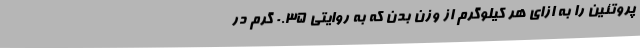
پروتئین را به ازای هر کیلوگرم از وزن بدن که به روایتی 0.35 گرم در